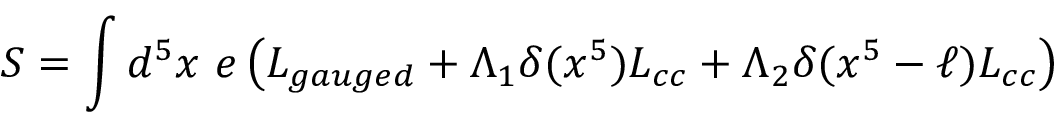
S = \int d ^ { 5 } x ~ e \left( { \cal L } _ { g a u g e d } + \Lambda _ { 1 } \delta ( x ^ { 5 } ) { \cal L } _ { c c } + \Lambda _ { 2 } \delta ( x ^ { 5 } - \ell ) { \cal L } _ { c c } \right)